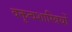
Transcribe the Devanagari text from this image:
वक्तृत्वशास्त्रियों